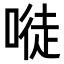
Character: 𠻀